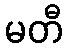
မတီ